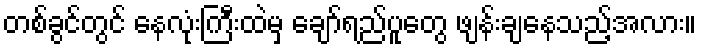
တစ်ခွင်တွင် နေလုံးကြီးထဲမှ ချော်ရည်ပူတွေ ဖျန်းချနေသည့်အလား။